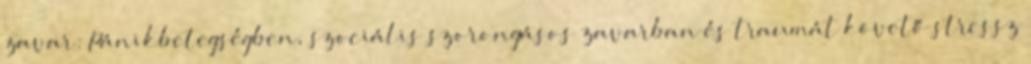
zavar: Pánikbetegségben, szociális szorongásos zavarban és traumát követő stressz